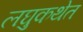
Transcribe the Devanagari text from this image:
लघुकथेत